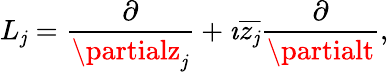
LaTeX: L_{\mathit{j}}={\frac{{\partial}}{{\partialz_{\mathit{j}}}}}+\imath{\overline{{{z_{\mathit{j}}}}}}{\frac{{\partial}}{{\partialt}}},